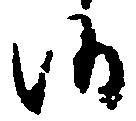
候